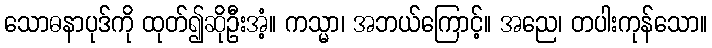
သောဓနာပုဒ်ကို ထုတ်၍ဆိုဦးအံ့။ ကသ္မာ၊ အဘယ်ကြောင့်။ အညေ၊ တပါးကုန်သော။